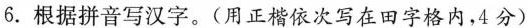
6.根据拼音写汉字。(用正楷依次写在田字格内，4分)